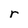
Character: r